Relation of titanus [i.e. tetanus] to the hypodermic or intramuscular injection of quinine - Number 43
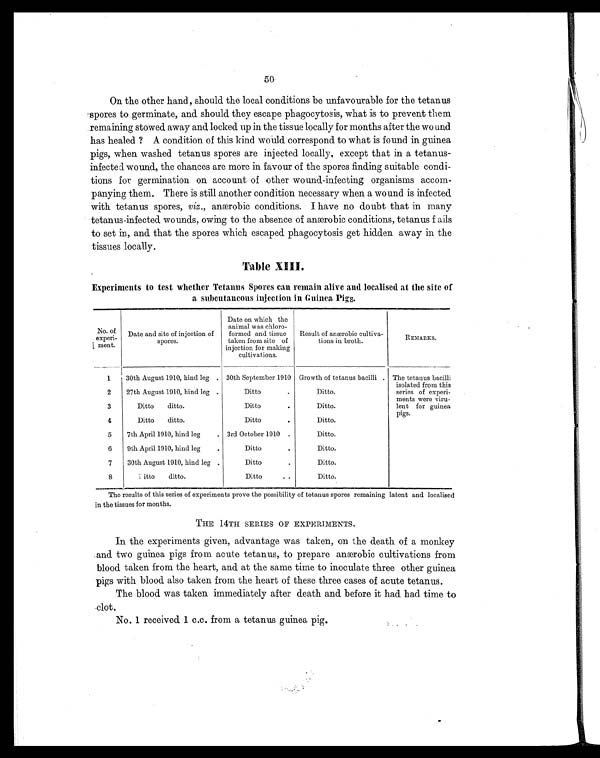
50
On the other hand, should the local conditions be unfavourable for the tetanus
spores to germinate, and should they escape phagocytosis, what is to prevent them
remaining stowed away and locked up in the tissue locally for months after the wound
has healed ? A condition of this kind would correspond to what is found in guinea
pigs, when washed tetanus spores are injected locally, except that in a tetanus-
infected wound, the chances are more in favour of the spores finding suitable condi-
tions for germination on account of other wound-infecting organisms accom-
panying them. There is still another condition necessary when a wound is infected
with tetanus spores, viz., anærobic conditions. I have no doubt that in many
tetanus-infected wounds, owing to the absence of anærobic conditions, tetanus fails
to set in, and that the spores which escaped phagocytosis get hidden away in the
tissues locally.
Table XIII.
Experiments to test whether Tetanus Spores can remain alive and localised at the site of
a subcutaneous injection in Guinea Pigs.
No of
experi-
ment.
Date and site of injection of
spores.
Date on which the
animal was chloro-
formed and tissue
taken from site of
injection for making
cultivations.
Result of anærobic cultiva-
tions in broth.
REMARKS.
1
30th August 1910, hind leg . 30th September 1910 Growth of tetanus bacilli . The tetanus bacilli
isolated from this
series of experi-
ments were viru-
lent for guinea
pigs.
2
27th August 1910, hind leg .
D i t t o
.
Ditto.
3
Ditto ditto.
D i t t o
.
Ditto.
4
Ditto ditto.
D i t t o
.
Ditto.
5
7th April 1910, hind leg
. 3rd October 1910 .
Ditto.
6
9th April 1910, hind leg
.
D i t t o
.
Ditto.
7
30th August 1910, hind leg .
D i t t o
.
Ditto.
8
Ditto ditto.
D i t t o
.. Ditto.
The results of this series of experiments prove the possibility of tetanus spores remaining latent and localised
in the tissues for months.
THE 14TH SERIES OF EXPERIMENTS.
In the experiments given, advantage was taken, on the death of a monkey
and two guinea pigs from acute tetanus, to prepare anærobic cultivations from
blood taken from the heart, and at the same time to inoculate three other guinea
pigs with blood also taken from the heart of these three cases of acute tetanus.
The blood was taken immediately after death and before it had had time to
clot.
No. 1 received 1 c.c. from a tetanus guinea pig.